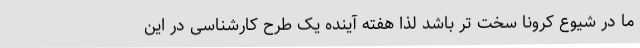
ما در شیوع کرونا سخت تر باشد لذا هفته آینده یک طرح کارشناسی در این